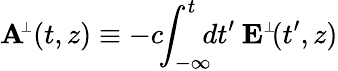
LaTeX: {\mathbf A}\! ^{{\scriptscriptstyle\perp}}(t,z)\equiv-c\! \! \int_{-\infty}^{t}\! \! \! dt^{\prime}\: {\mathbf E}^{\scriptscriptstyle\perp}\! (t^{\prime},z)